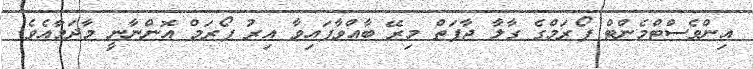
އިންވެސްޓްމެންޓް ފޯރަމްގެ ގާލާ ޖާފަތް މިރޭ ބާއްވާފައިވާ އިރު ފޯރަމް އޮންނާނީ މާދަމާއެވެ.